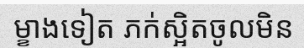
ម្ខាងទៀត ភក់ស្អិតចូលមិន